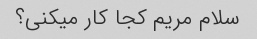
سلام مریم کجا کار میکنی؟